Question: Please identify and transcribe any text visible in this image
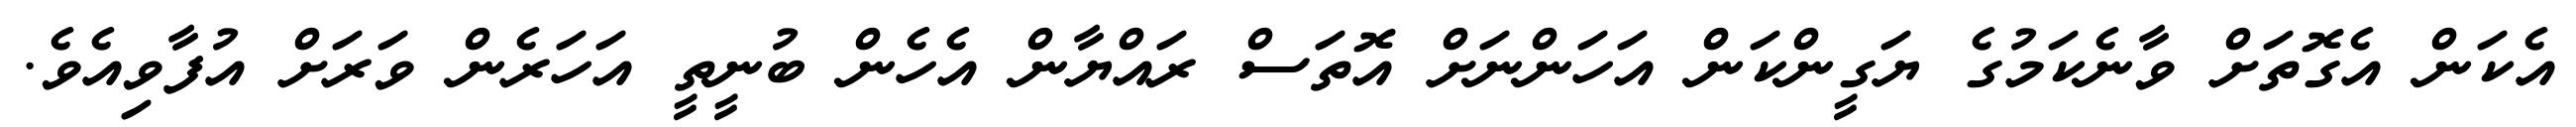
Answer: އެކަން އެގޮތަށް ވާނެކަމުގެ ޔަގީންކަން އަހަންނަށް އޮތަސް ރައްޔާން އެހެން ބުނީތީ އަހަރެން ވަރަށް އުފާވިއެވެ.